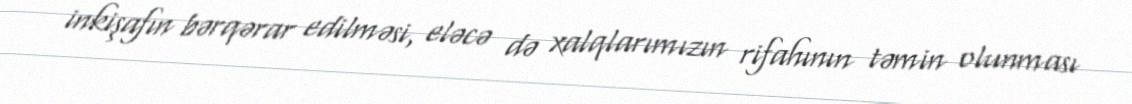
inkişafın bərqərar edilməsi, eləcə də xalqlarımızın rifahının təmin olunması